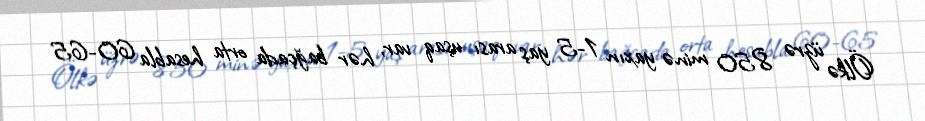
Ölkə üzrə 850 minə yaxın 1-5 yaş arası uşaq var, hər bağçada orta hesabla 60-65